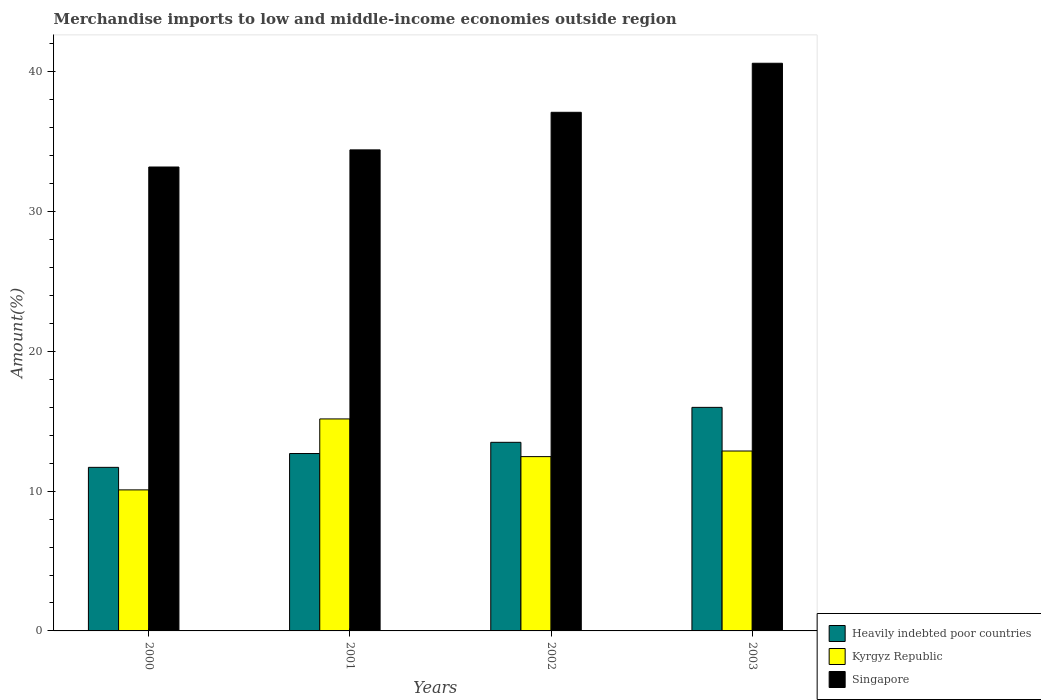
| Years | Heavily indebted poor countries | Kyrgyz Republic | Singapore |
 | --- | --- | --- | --- |
 | 2000 | 11.7 | 10.1 | 33.2 |
 | 2001 | 12.7 | 15.2 | 34.4 |
 | 2002 | 13.5 | 12.5 | 37.1 |
 | 2003 | 16 | 12.9 | 40.6 |